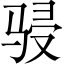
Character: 骎